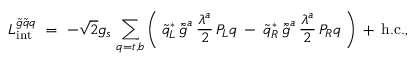
{ \cal L } _ { \mathrm { i n t } } ^ { \tilde { g } \tilde { q } q } \ = \ - \sqrt { 2 } g _ { s } \, \sum _ { q = t , b } \bigg ( \: \tilde { q } _ { L } ^ { * } \, \bar { \tilde { g } } ^ { a } \, \frac { \lambda ^ { a } } { 2 } \, P _ { L } q \: - \: \tilde { q } _ { R } ^ { * } \, \bar { \tilde { g } } ^ { a } \, \frac { \lambda ^ { a } } { 2 } \, P _ { R } q \: \bigg ) \: + \: \mathrm { h . c . } ,